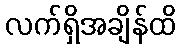
လက်ရှိအချိန်ထိ